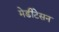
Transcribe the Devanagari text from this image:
मेडीटेसन